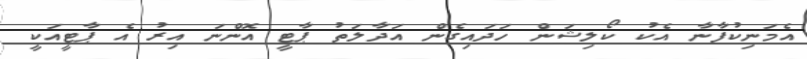
އެމަނިކުފާނާ އެކު ކޯލިޝަން ހަދައިގެން އަދާލަތު ޕާޓީ އޮންނަ އިރު އެ ޕާޓީއަކީ